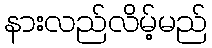
နားလည်လိမ့်မည်